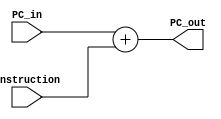
`timescale 1ns / 1ps

module PCADDTWO(input [31:0] PC_in, input [31:0] instruction, output [31:0] PC_out);

assign PC_out = PC_in + instruction;

endmodule